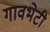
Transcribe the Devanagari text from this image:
गावभेटी